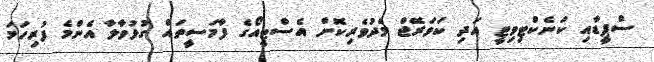
ސްޕީޑާއި ކަނެކްޓިވިޓީ އަދި ކަވަރޭޖް މެދުވެރިކޮށް އެސްޓީއޯގެ ފާމަސީތައް ގުޅުވާލާ އެންމެ ފުރިހަމަ